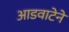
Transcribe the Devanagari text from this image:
आडवाटेने